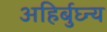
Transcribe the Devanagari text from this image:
अहिर्बुघ्न्य